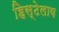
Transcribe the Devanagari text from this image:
हिस्टेलाय